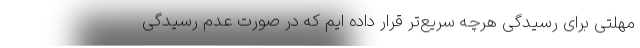
مهلتی برای رسیدگی هرچه سریع‌تر قرار داده ایم که در صورت عدم رسیدگی